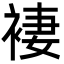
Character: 褄